system: You are a helpful assistant.
user:
Analyze the provided spectrum to determine if it is a **Carbon Star (C-type)**.

- **Key Visual Indicators of Carbon Star:**
    - **(Primary):** Strong molecular absorption from **C₂ (diatomic carbon) "Swan Bands."** This is the **defining feature** of a carbon star.
        - **(Key Bandheads):** Sharp absorption edges are visible at approximately $5635$ Å, $5165$ Å (the strongest band), and $4737$ Å.
        - **(Line Profile):** Creates a distinct **"saw-tooth"** pattern. The key morphology is a sharp, steep bandhead on the **red (long-wavelength) side**, which then gradually tapers off (i.e., flux recovers) towards the **blue (short-wavelength) side**. *(This is the direct opposite of the TiO bands seen in M-type stars)*.

    - **(Secondary):** Intense **CN (cyanogen)** molecular absorption bands.
        - **(Key Bandheads):** Located in the blue and violet regions of the spectrum (e.g., near $4215$ Å and $3883$ Å).
        - **(Morphology):** These bands are extremely broad and act as a "blanket," absorbing the vast majority of blue and violet light. This creates a characteristic **"cliff"** or **"steep drop-off"** in the spectrum's flux at short wavelengths.

    - **(Key Confirmation):** Strong **CH absorption band (G-band)**.
        - **(Key Bandhead):** Located around $4300$ Å. The contribution from CH molecules to this band is exceptionally strong.

    - **(Overall Spectrum):**
        - The continuum is severely "chopped up" by these deep molecular bands, especially C₂, rather than appearing as a smooth curve.
        - Due to the heavy CN and C₂ absorption in the blue-green, the vast majority of the star's flux is concentrated in the red part of the spectrum, giving the star its characteristic deep red color.

Think first, call **spectral_visualization_tool** if needed to examine features in detail, then provide your final answer. Your response must adhere to the following strict rules:
1.  **Overall Structure:** Your response must follow the format `<think>...</think> <tool_call>...</tool_call> (if a tool is used) <answer>...</answer>`.
2.  **Tool Usage Constraint:** You may only make **one** tool call per turn.
3.  **Final Answer Format:** In the `<answer>` tag, your conclusion must be inside a `\boxed{}` command (e.g., `\boxed{YES}`), followed by your justification.

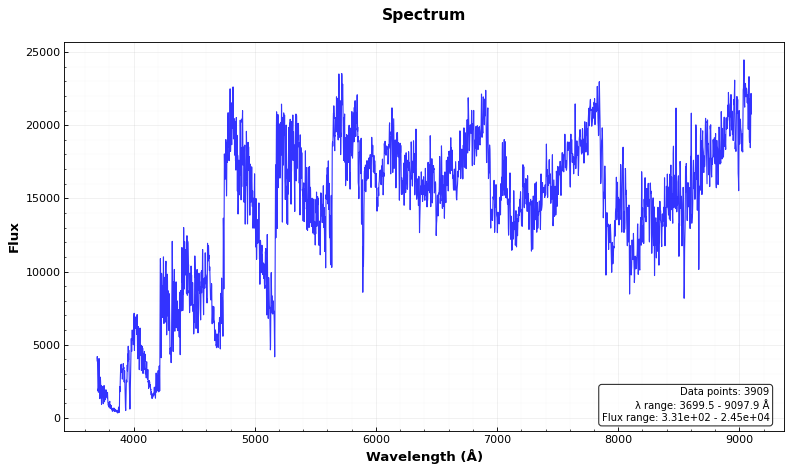
Answer: YES